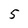
Character: 5